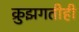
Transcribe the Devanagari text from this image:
क्रुझगतीही